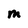
Character: M